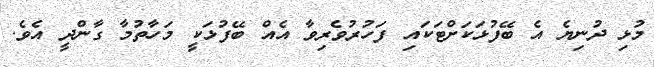
މުޅި ދުނިޔެ އެ ބޭފުޅަކަށްޓަކައި ފަހުރުވެރިވާ އެއް ބޭފުޅަކީ މަހާތުމާ ގާންދީ އެވެ.